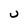
Character: U